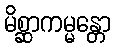
မိစ္ဆာကမ္မန္တော